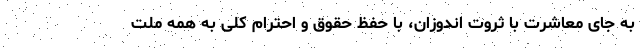
به جای معاشرت با ثروت اندوزان، با حفظ حقوق و احترام کلی به همه ملت